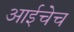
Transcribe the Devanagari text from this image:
आईचेच